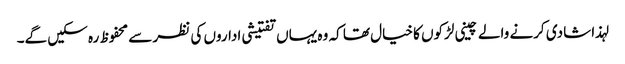
لہذا شادی کرنے والے چینی لڑکوں کا خیال تھا کہ وہ یہاں تفتیشی اداروں کی نظر سے محفوظ رہ سکیں گے۔